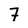
Character: 7